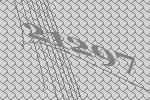
21297